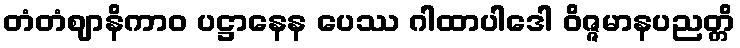
တံတံဈာနိကာဝ ပဋ္ဌာနေန ပေဿ ဂါထာပါဒေါ ဝိဇ္ဇမာနပညတ္တိ